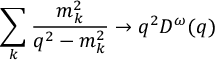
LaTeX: \sum _ { k } \frac { m _ { k } ^ { 2 } } { q ^ { 2 } - m _ { k } ^ { 2 } } \rightarrow q ^ { 2 } D ^ { \omega } ( q )